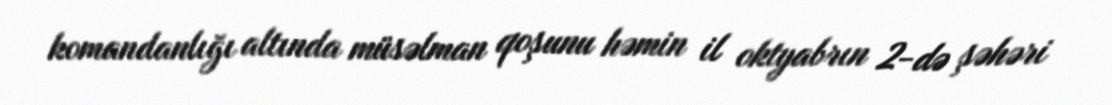
komandanlığı altında müsəlman qoşunu həmin il oktyabrın 2-də şəhəri